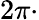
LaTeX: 2\pi\cdot